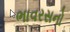
ભાવરસનો